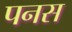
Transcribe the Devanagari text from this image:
पनस